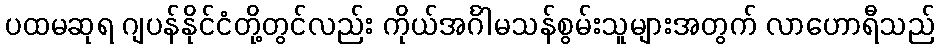
ပထမဆုရ ဂျပန်နိုင်ငံတို့တွင်လည်း ကိုယ်အင်္ဂါမသန်စွမ်းသူများအတွက် လာဟောရီသည်